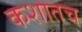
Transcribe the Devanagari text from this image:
कशातच